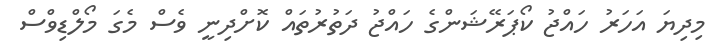
މިދިޔަ އަހަރު ހައްޖު ކޯޕަރޭޝަންގެ ހައްޖު ދަތުރުތައް ކޮށްދިނީ ވެސް މެގަ މޯލްޑިވްސް